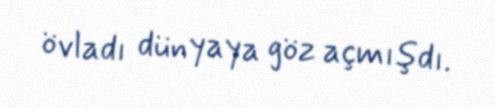
övladı dünyaya göz açmışdı.